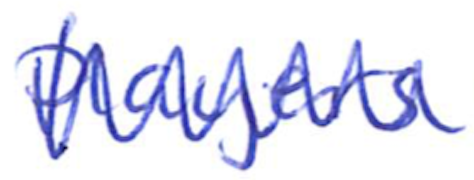
Text: Players
Cross-out: zig-zag
Writing tool: ballpoint